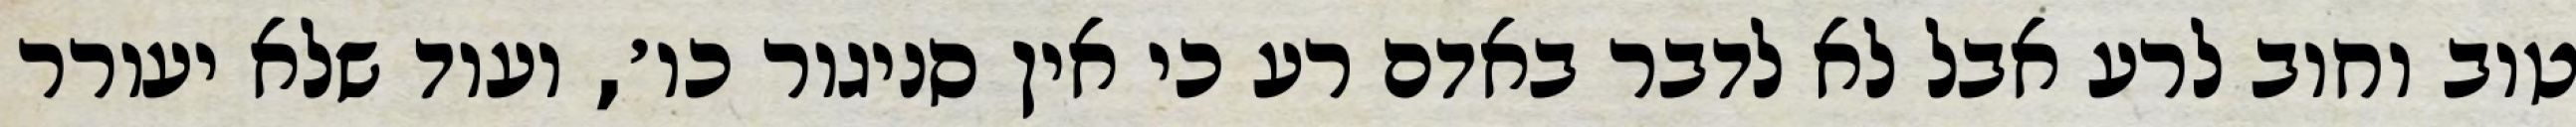
טוב וחוב לרע אבל לא לדבר באדם רע כי אין סניגור כו׳, ועוד שלא יעורר